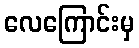
လေကြောင်းမှ